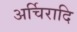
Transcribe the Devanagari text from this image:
अर्चिरादि